Leaving Certificate Examination (including Day School Certificate (Higher) General paper), 1931
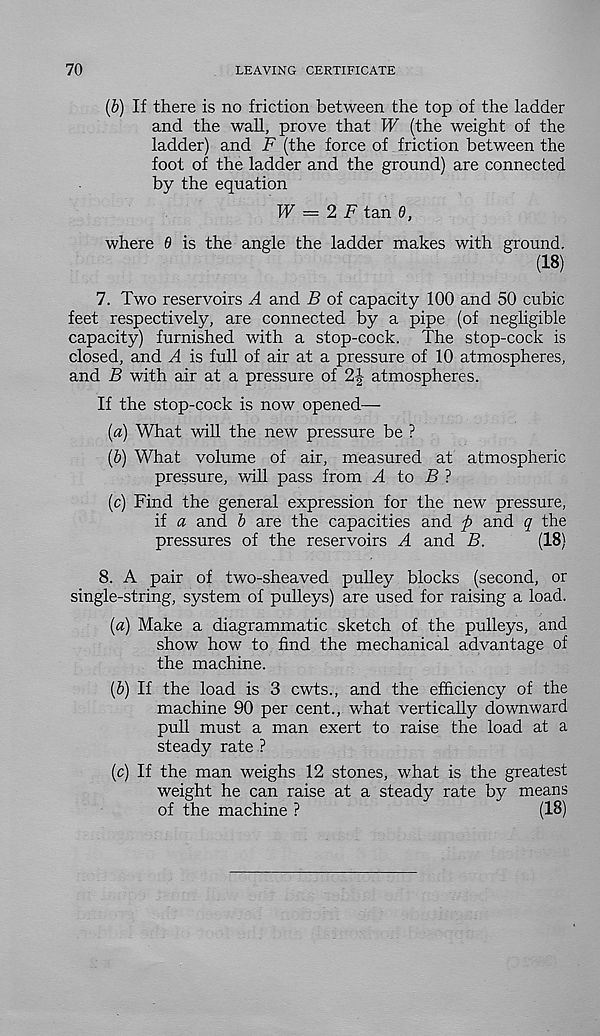
70
LEAVING CERTIFICATE
(b) If there is no friction between the top of the ladder
and the wall, prove that W (the weight of the
ladder) and F (the force of friction between the
foot of the ladder and the ground) are connected
by the equation
W — 2 F tan 9,
where 6 is the angle the ladder makes with ground.
(18)
7. Two reservoirs A and B of capacity 100 and 50 cubic
feet respectively, are connected by a pipe (of negligible
capacity) furnished with a stop-cock. The stop-cock is
closed, and A is full of air at a pressure of 10 atmospheres,
and B with air at a pressure of 2|- atmospheres.
If the stop-cock is now opened—
(а) What will the new pressure be ?
(б) What volume of air, measured at atmospheric
pressure, will pass from A to B ?
(c) Find the general expression for the new pressure,
if a and b are the capacities and ft and q the
pressures of the reservoirs A and B.
(18)
8. A pair of two-sheaved pulley blocks (second, or
single-string, system of pulleys) are used for raising a load.
[a) Make a diagrammatic sketch of the pulleys, and
show how to find the mechanical advantage of
the machine.
(ft) If the load is 3 cwts., and the efficiency of the
machine 90 per cent., what vertically downward
pull must a man exert to raise the load at a
steady rate ?
ft) If the man weighs 12 stones, what is the greatest
weight he can raise at a steady rate by means
of the machine ?
(18)